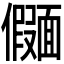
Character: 𫖄